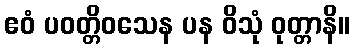
ဧဝံ ပဝတ္တိဝသေန ပန ဝိသုံ ဝုတ္တာနိ။